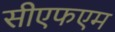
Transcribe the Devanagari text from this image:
सीएफएम